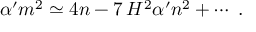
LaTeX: \alpha ^ { \prime } m ^ { 2 } \simeq 4 n - 7 \, H ^ { 2 } \alpha ^ { \prime } n ^ { 2 } + \cdots \; .